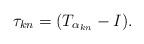
LaTeX: \begin{align*}\tau_{kn}=(T_{\alpha_{kn}}-I).\end{align*}